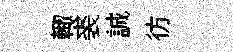
輙裘誠彷